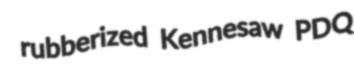
rubberized Kennesaw PDQ